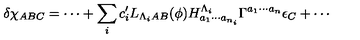
\delta \chi _ { A B C } = \cdots + \sum _ { i } c _ { i } ^ { \prime } L _ { \Lambda _ { i } A B } ( \phi ) H _ { a _ { 1 } \cdots a _ { n _ { i } } } ^ { \Lambda _ { i } } \Gamma ^ { a _ { 1 } \cdots a _ { n } } \epsilon _ { C } + \cdots